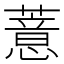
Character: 薏